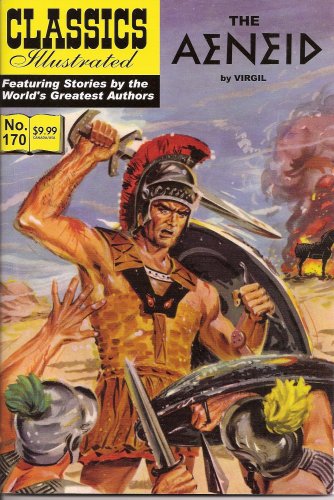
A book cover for The Aeneid (Classics Illustrated, Volume 170); Virgil; Comics & Graphic Novels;